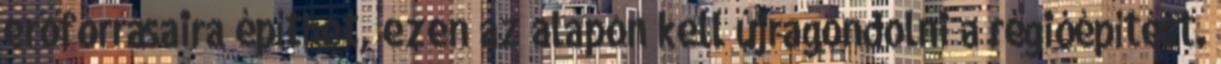
erőforrásaira építhet, ezen az alapon kell újragondolni a régióépítést.